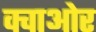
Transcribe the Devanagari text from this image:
क्वाओर